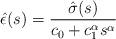
LaTeX: \begin{align*}\hat{\epsilon}(s)=\frac{\hat{\sigma}(s)}{c_0+c_1^{\alpha} s^\alpha}\end{align*}